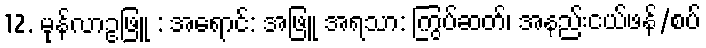
12. မုန်လာဥဖြူ : အရောင်: အဖြူ အရသာ: ကြွပ်ဆတ်၊ အနည်းငယ်ဖန်/စပ်